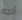
أتجاه